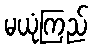
မယုံကြည်